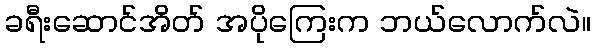
ခရီးဆောင်အိတ် အပိုကြေးက ဘယ်လောက်လဲ။